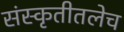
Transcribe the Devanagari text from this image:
संस्कृतीतलेच